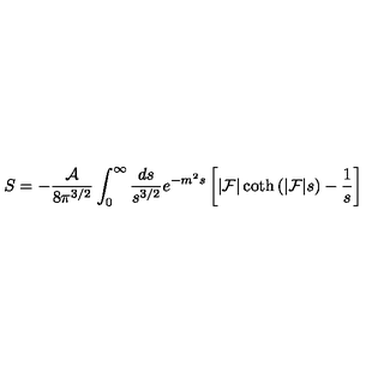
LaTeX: S = - { \frac { \cal A } { 8 \pi ^ { 3 / 2 } } } \int _ { 0 } ^ { \infty } { \frac { d s } { s ^ { 3 / 2 } } } e ^ { - m ^ { 2 } s } \left[ | { \cal F } | \coth \left( | { \cal F } | s \right) - { \frac { 1 } { s } } \right]